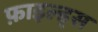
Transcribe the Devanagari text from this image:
फ़ाइल्ड्स